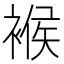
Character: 䙈